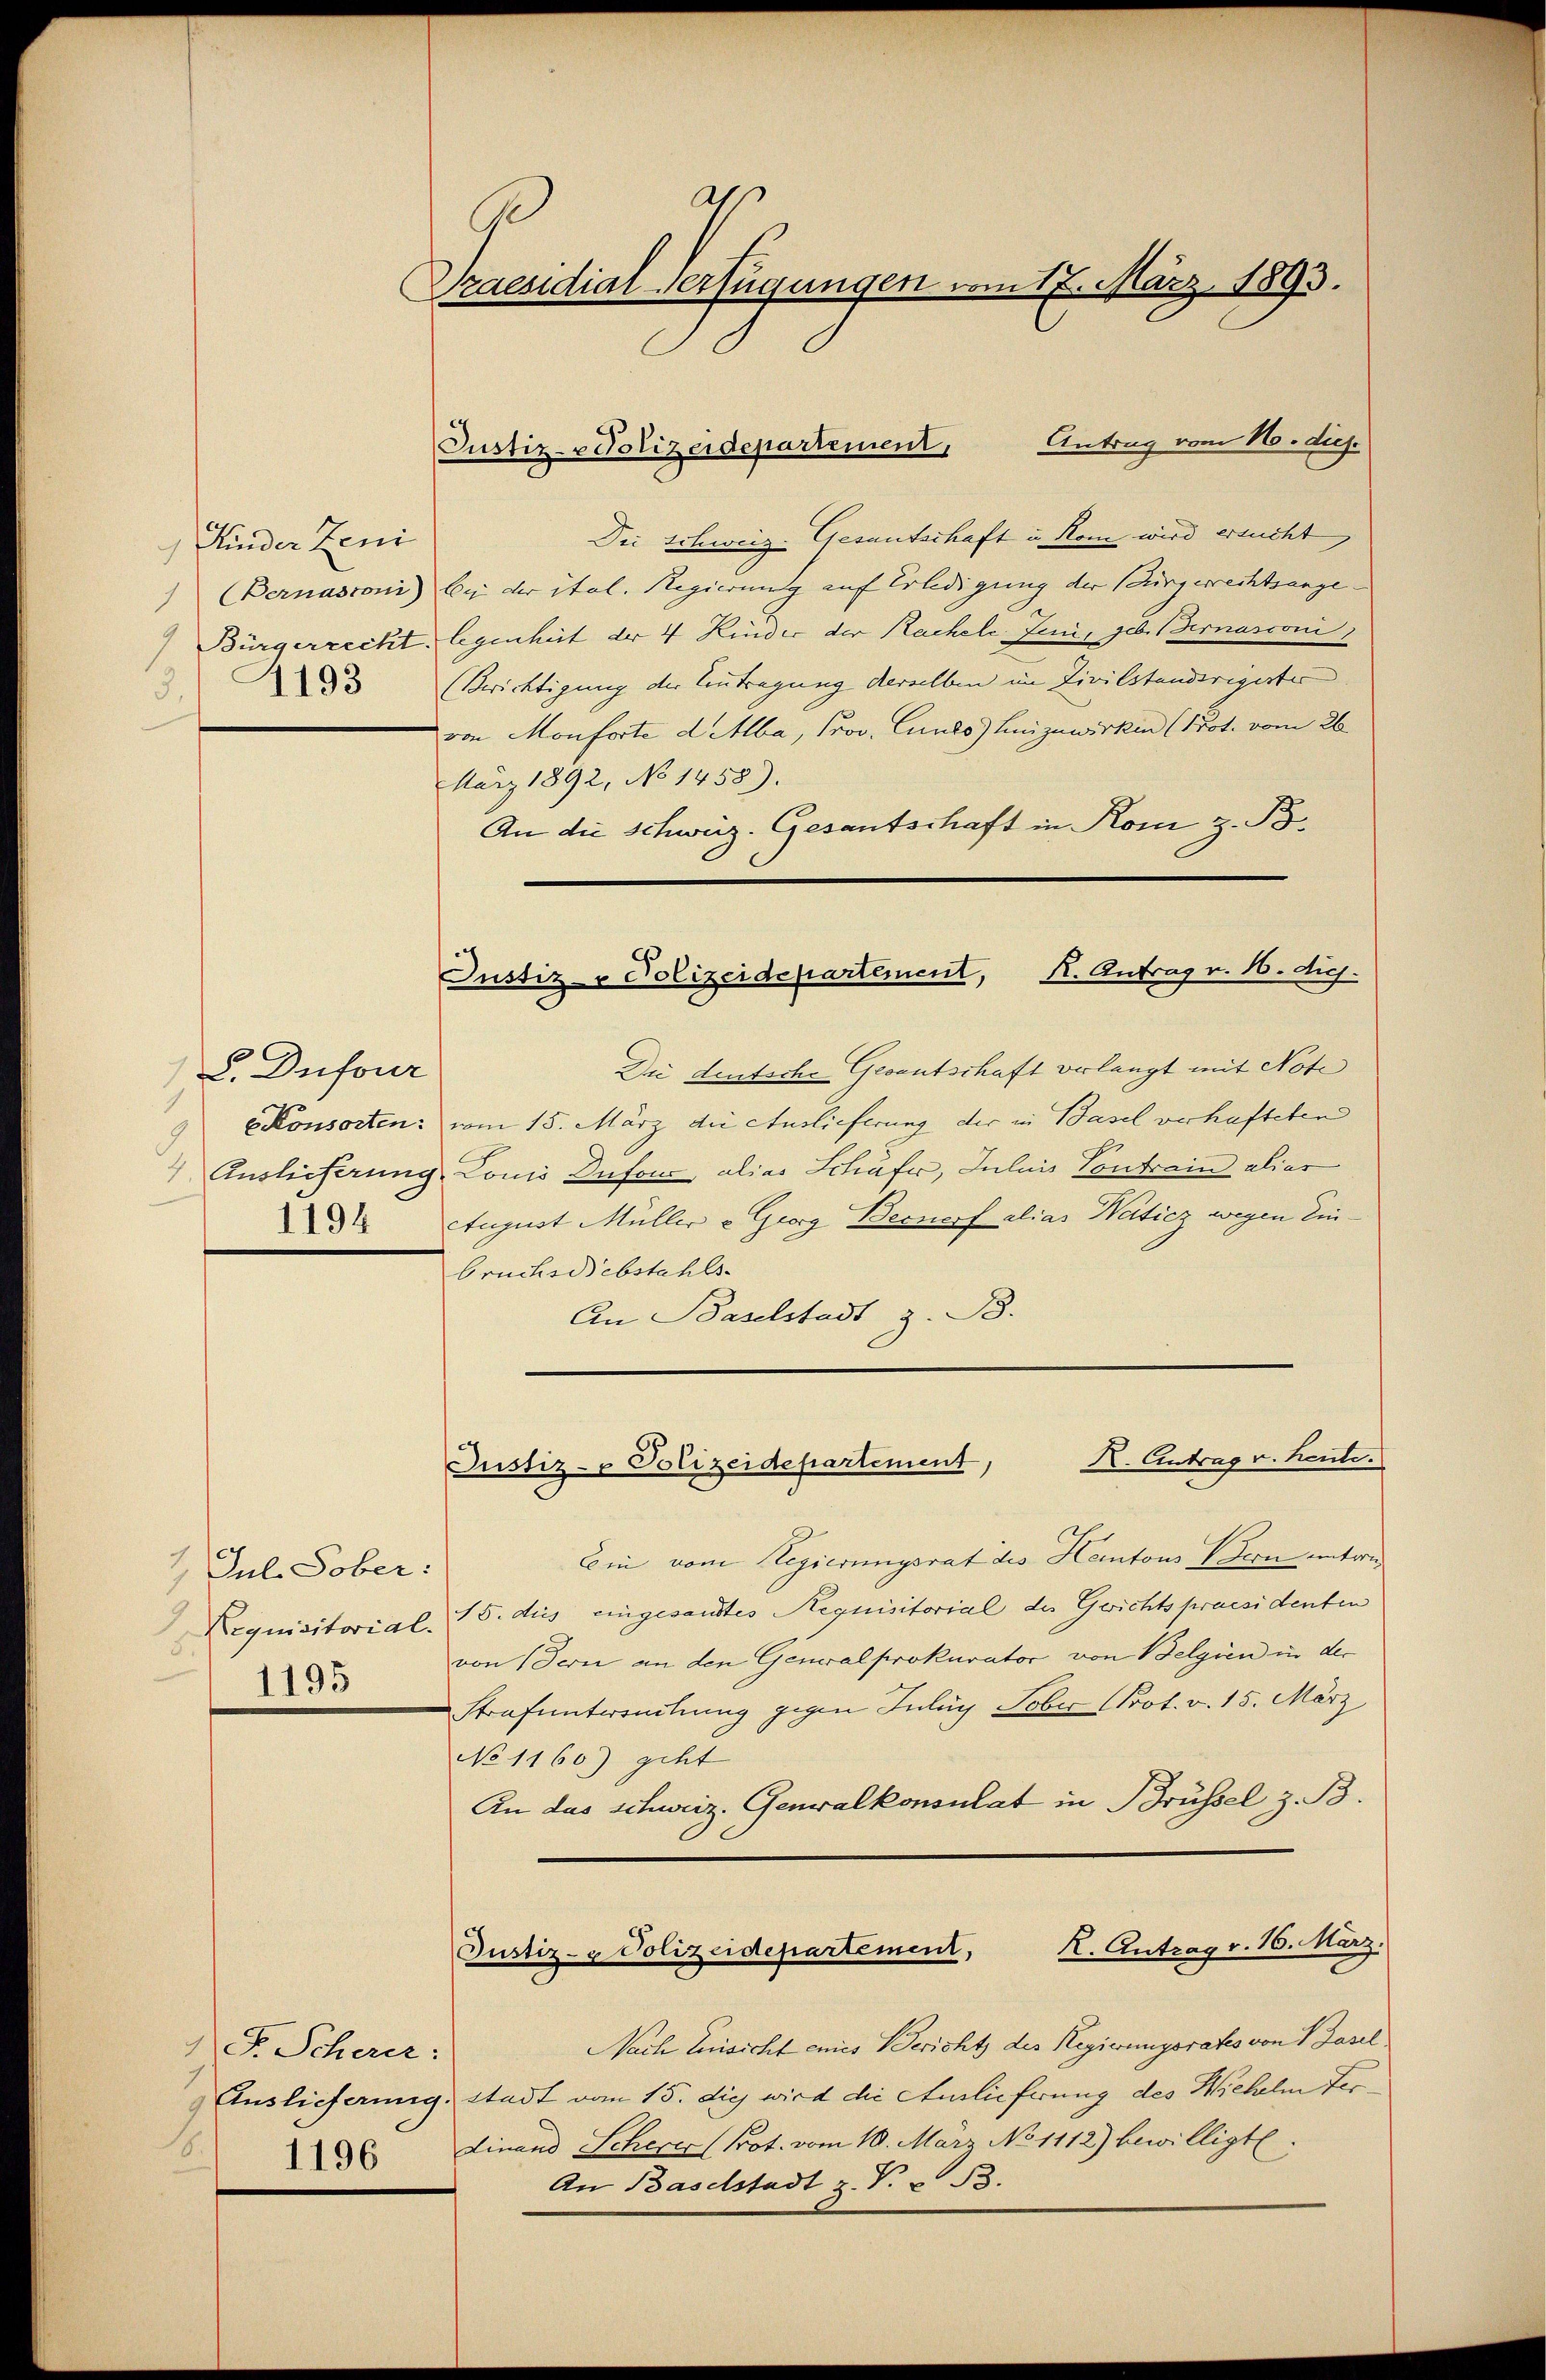
Kinder Zeni
) Bernasconi)
Bürgerrecht
4193
3.

L. Dufour
EKonsorten:
1194

1 Jul. Sober:
Requisitorial.
2
1195

1 F. Scheer:
1.
1196

.
Praesidial-Verfügungen vom 17. März 1893.

Justiz-Polizeidepartement, Antrag vom 11. dies.

Die Schweiz. Gesantschaft u. Rom wird ersucht,
bei der ital. Regierung auf Erledigung der Bürgerrechtsange-
legenheit der 4 Kinder der Rachele Juni, geb. Bernasconi,
(Berichtigung der Antragung derselben im Zivilstandirigirtes
von Monforte d. Mba, Prov. Cunes) heizuwirken (Prot. vom 26.
März 1892, No 1458).
An die Schweiz. Gesantschaft in Kom z. B.

Justiz - Polizeidepartement, K. Antrag v. 16. dich.

X. Antrag v. heute.
Justiz- & Polizeidepartement,

Die deutsche Gesentschaft verlangt mit Note
vom 15. März die Auslieferung der in Basel verhafteten
4 Auslieferung, Louis Dufour, alias Schäfer, Juliis Contrain alias
August Müller u Georg Bernorf alias Waiticz wegen Einbruchsdiebstahls
An Baselstadt z. B.

Cen vom Regierungsrat des Kantons Bern untern
15. dies eingesandtes Aequisitorial des Gerichtspraesidenten
von dern an den Generalprokurator von Belgien in der
Strafuntwendung gegen Inluy Fober (Prot. v. 15. März
No 1160) geht
An das schweiz. Generalkonsulat in Brüssel z. B.

R. Antrag v. 16. März.
Justiz- & Polizeidepartement,

Nach Einsicht eines Bericht des Regierungsrates von 1 Fasel.
Auslieferung. Stadt vom 15. die wird die Auslieferung des Wichelm Terdinand Scherer Prot. vom 10. Mär No 1112) bewilligte.
An Baselstadt z. T. u. B.